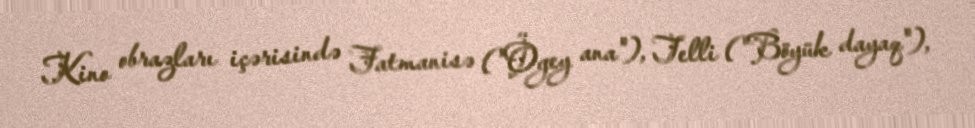
Kino obrazları içərisində Fatmanisə ("Ögey ana"), Telli ("Böyük dayaq"),